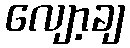
လျော့ချ